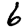
Digit: 6